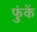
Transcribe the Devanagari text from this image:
फुंकें